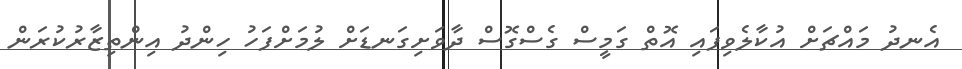
އެނދު މައްޗަށް އުކާލެވިފައި އޮތް ގަމީސް ގެސްގޮސް ދާވަށިގަނޑަށް ލުމަށްފަހު ހިންދު އިންތިޒާރުކުރަން